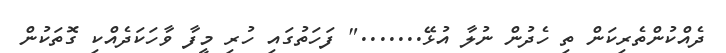
ދެއްކުންތެރިކަން ތި ހެދުން ނުލާ އުޅޭ......." ފަހަތުގައި ހުރި މީފާ ވާހަކަދެއްކި ގޮތަކުން